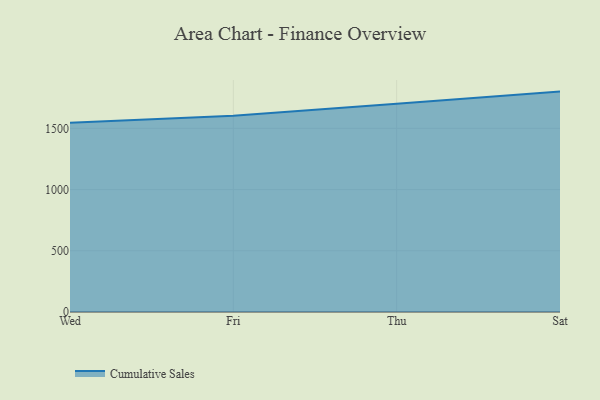
{"axis": {"x": "Day", "y": "Operating Costs (USD K)"}, "legend": ["Cumulative Sales"], "data": [{"x": "Wed", "y": 1545.5, "type": "Cumulative Sales"}, {"x": "Fri", "y": 1602.6, "type": "Cumulative Sales"}, {"x": "Thu", "y": 1701.9, "type": "Cumulative Sales"}, {"x": "Sat", "y": 1800.2, "type": "Cumulative Sales"}]}